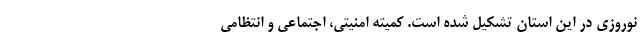
نوروزی در این استان تشکیل شده است. کمیته امنیتی، اجتماعی و انتظامی